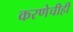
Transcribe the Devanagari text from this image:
करणेचीही